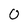
Character: 0